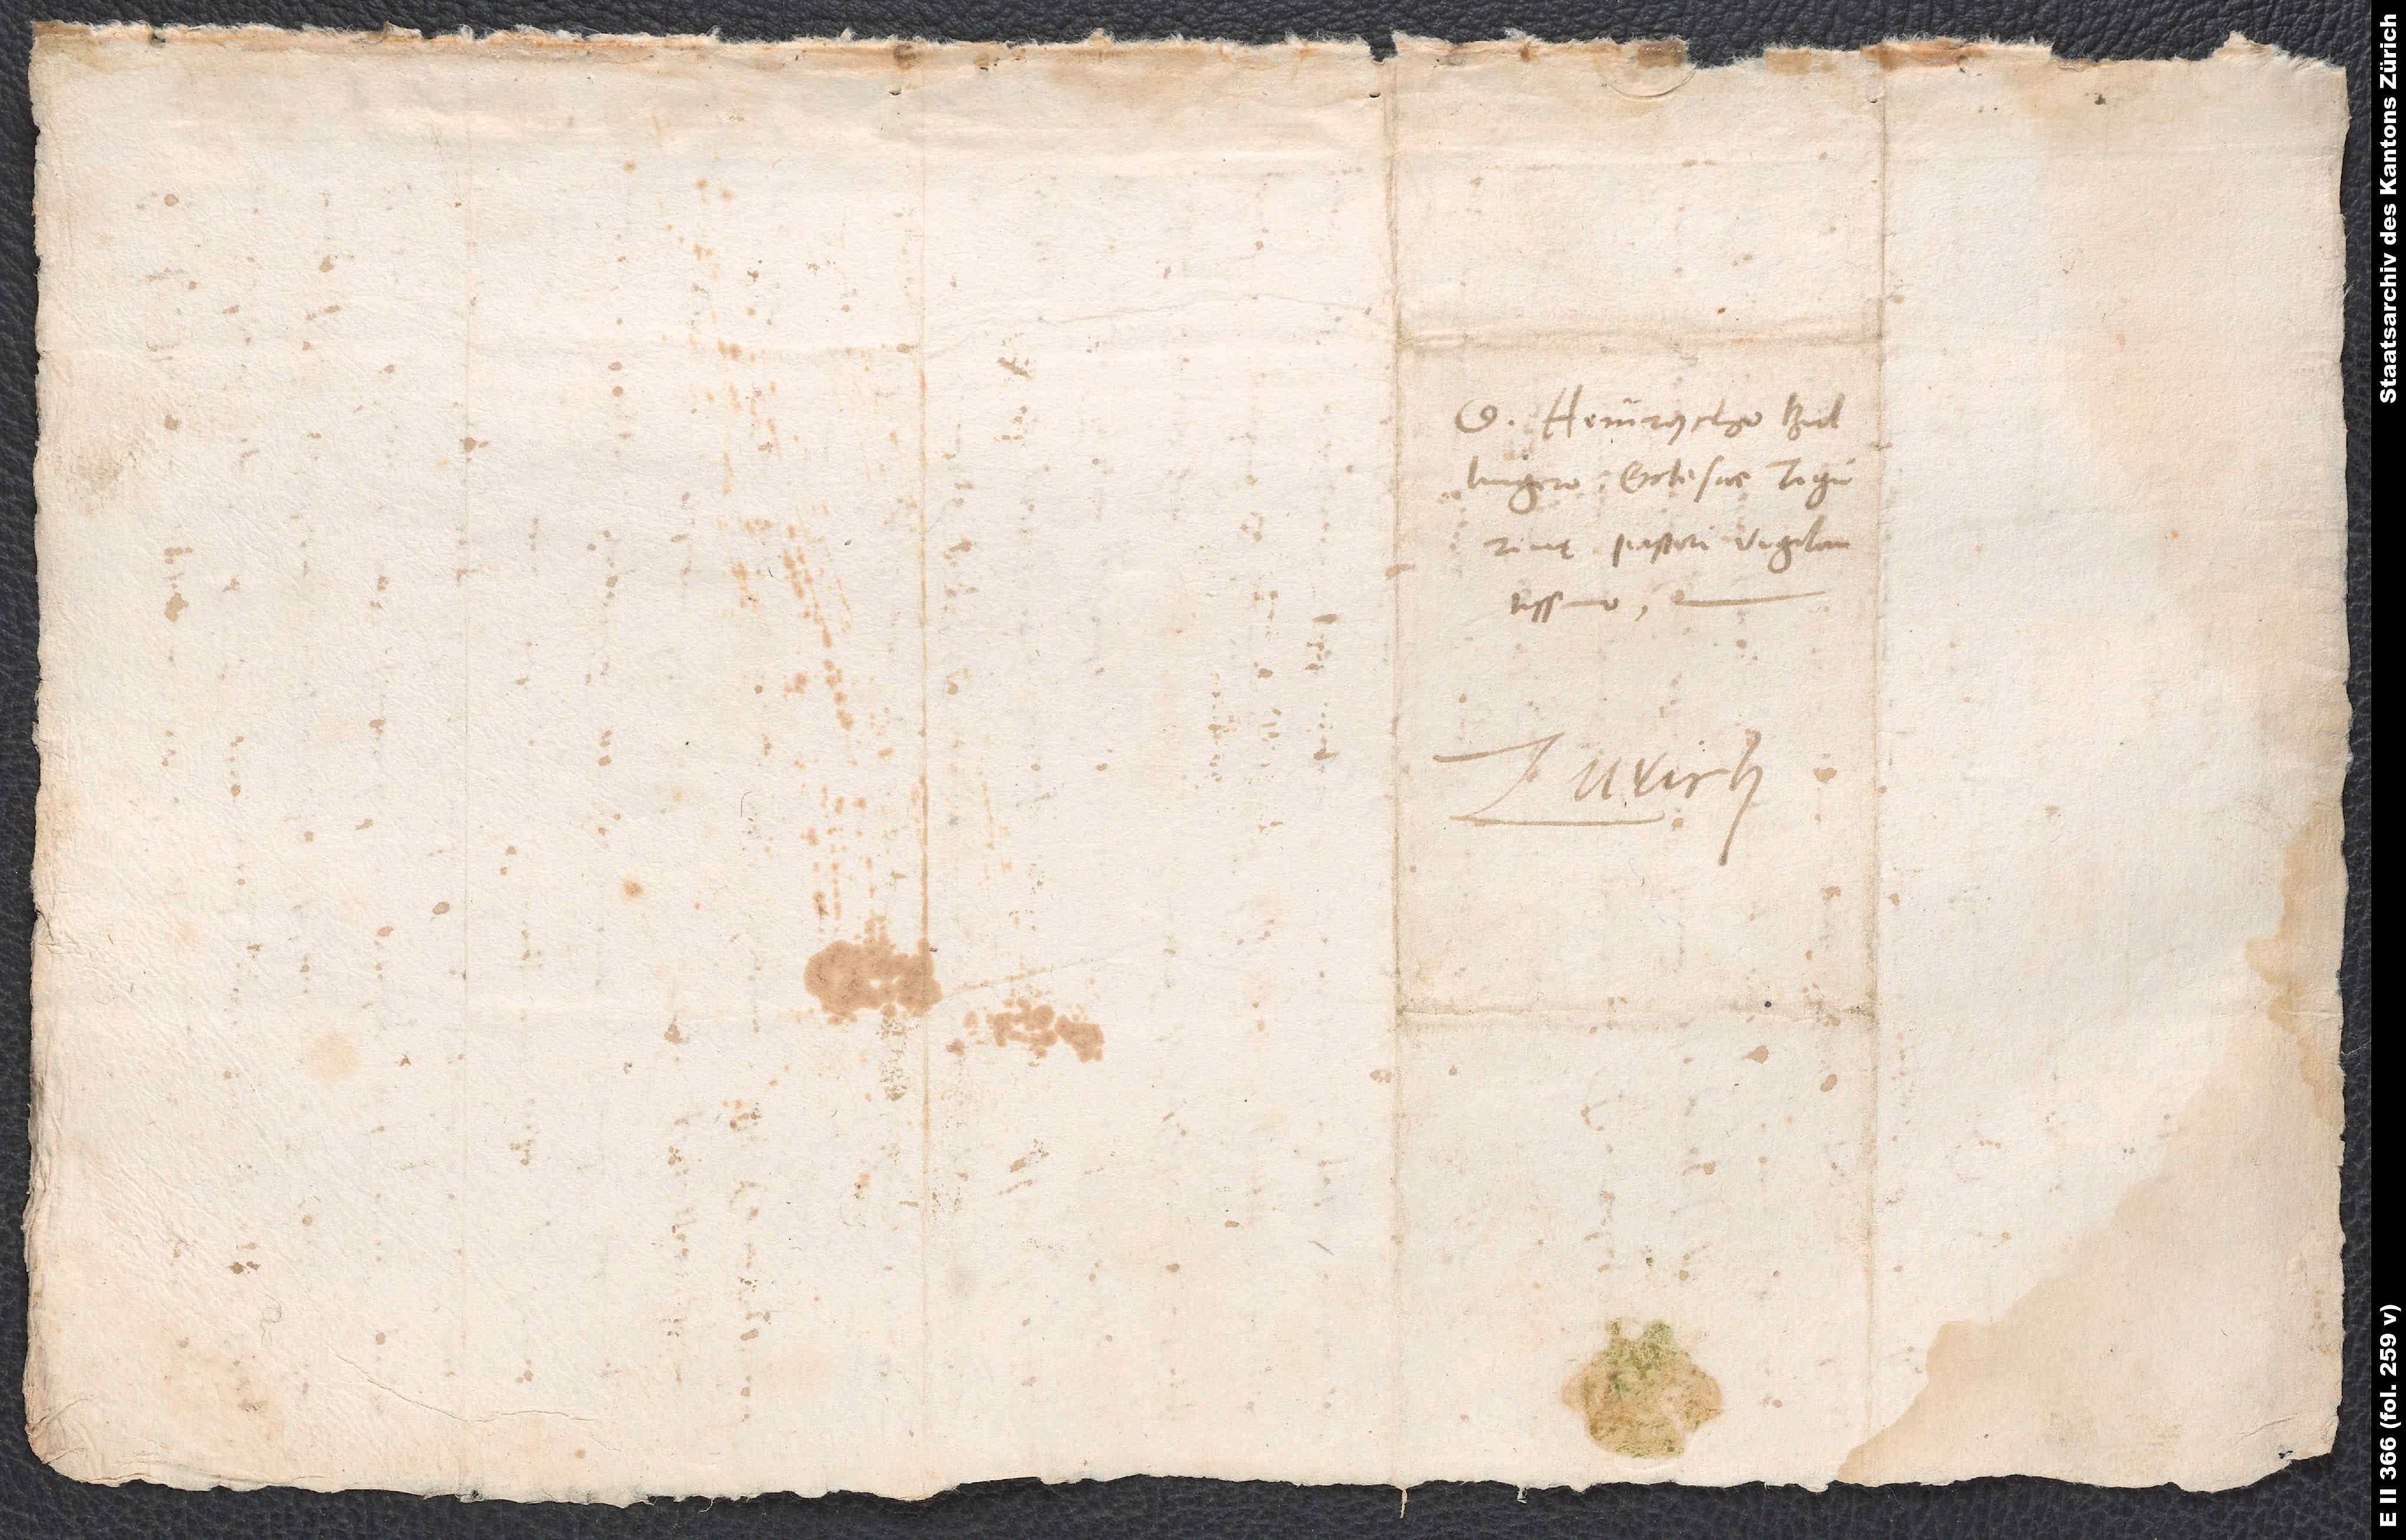
D. Heinrycho
Bullingero, ecclesiae Tigurinę
pastori vigilantissimo.
Zurich.